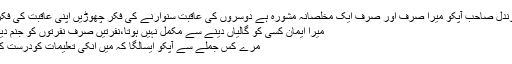
جناب گوندل صاحب آپکو میرا صرف اور صرف ایک مخلصانہ مشورہ ہے دوسروں کی عاقبت سنوارنے کی فکر چھوڑیں اپنی عاقبت کی فکر کریں،
میرا ایمان کسی کو گالیاں دینے سے مکمل نہیں ہوتا،نفرتیں صرف نفرتوں کو جنم دیتی ہیں ،
مرے کس جملے سے آپکو ایسالگا کہ میں انکی تعلیمات کودرست کہتا ہوں؟